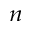
_ n